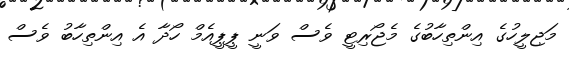
މަޖިލީހުގެ އިންތިހާބުގެ މެޖޯރިޓީ ވެސް ވަނީ ޕީޕީއެމް ހޯދާ އެ އިންތިހާބު ވެސް